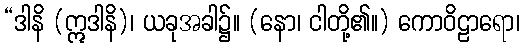
“ဒါနိ (ဣဒါနိ)၊ ယခုအခါ၌။ (နော၊ ငါတို့၏။) ကောဝိဠာရော၊